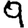
Digit: 9